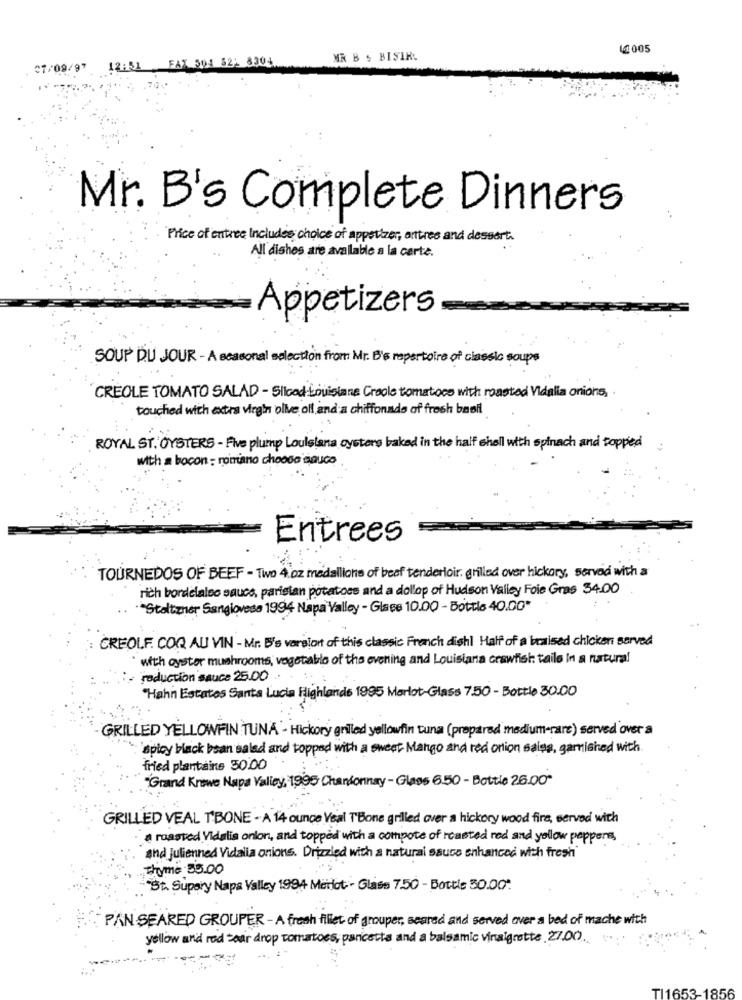
14005
07/09/97 12:51 FAX 504 821 8304
MR B & BISIR
Mr. B's Complete Dinners
Price of entree Includes choice of appetizer, antres and dessert.
All dishes are available a la carte.
Appetizers
SOUP DU JOUR - A seasonal selection from Mr. B's repertoire of classic soups
CREOLE TOMATO SALAD - Sliced Louisiane Creole tomatoes with roasted Vidalia onions,
touched with extra virgin olive off and a chiffonade of fresh basil
ROYAL ST. OYSTERS - Five plump Louisiana cysters baked in the half shal with spinach and topped
with a bocon - romano choose sauco
Entrees
TOURNEDOS OF BEEF - Two 4.oz medallions of beef tenderloir. grilled over hickory, served with a
rich bordelales sauce, paristan potatoes and a dollop of Hudson Valley Foie Gras 34.00
.. ""Staltzner Sangiovese 1994 Napa Valley - Glass 10.00 - Bottle 40.00*
CREOLE COQ AU VIN - Mr. B's varsort of this classic French dishil Half of a braised chicken served
" with oyster mushrooms, vegetable of the evening and Louisiana crawfish tails in a natural
reduction sauce 25.00
"Hahn Estates Santa Lucia Highlands 1995 Merlot-Glass 7.50 - Bottle 30.00
GRILLED YELLOWFIN TUNA - Hickory grilled yellowfin tuna (prepared medium-rare) served over a
spicy black bean salad and topped with a sweet Mango and red onion sales, gamished with
fried plantains 30.00
"Grand Knowe Napa Valley, 1995 Chandonnay - Glass 6.50 - Bottle 26.00"
GRILLED VEAL TBONE - A 14 ounce Veal TBone grilled over a hickory wood fire, served with
a rosaved Vidalia onion, and topped with a compote of reasted red and yellow peppers,
and julienned Vidalia onions. Drizzled with a natural sauce enhanced with fresh
Thyme 35.00
"St. Supery Napa Valley 1994 Merlot - Glass 7.50 - Bottle 30.00.
PAN SEARED GROUPER - A fresh filet of grouper, seared and served over a bed of mache with
yellow and red tear drop tomatoes, pancetta and a balsamic vinaigrette. 27.00.
TI1653-1856